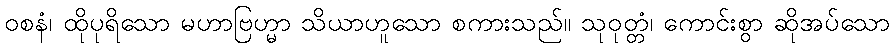
ဝစနံ၊ ထိုပုရိသော မဟာဗြဟ္မာ သိယာဟူသော စကားသည်။ သုဝုတ္တံ၊ ကောင်းစွာ ဆိုအပ်သော